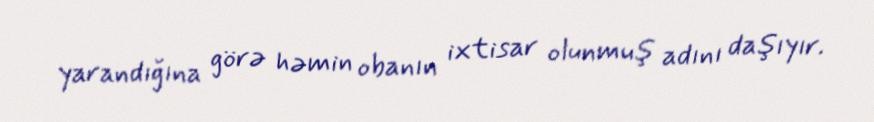
yarandığına görə həmin obanın ixtisar olunmuş adını daşıyır.